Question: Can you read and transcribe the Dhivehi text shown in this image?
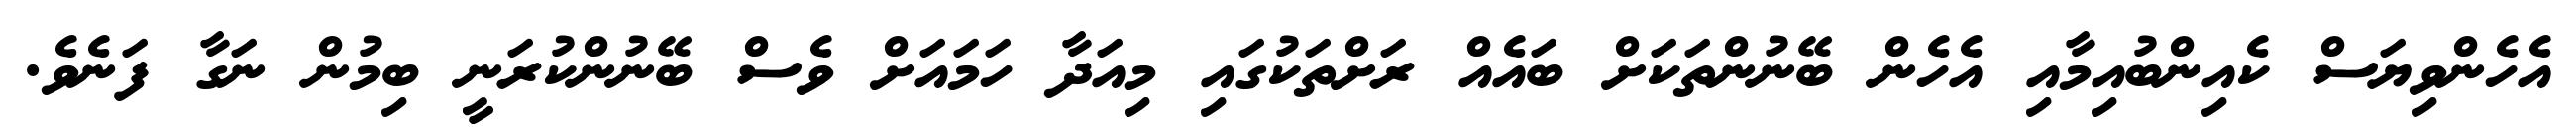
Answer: އެހެންވިޔަސް ކެއިންބުއިމާއި އެހެން ބޭނުންތަކަށް ބައެއް ރަށްތަކުގައި މިއަދާ ހަމައަށް ވެސް ބޭނުންކުރަނީ ބިމުން ނަގާ ފަނެވެ.